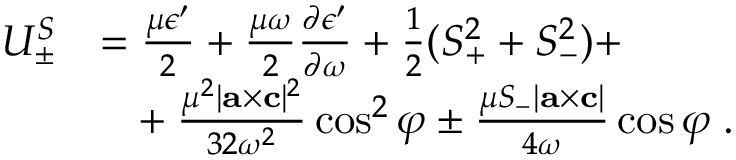
\begin{array} { r l } { U _ { \pm } ^ { S } } & { = \frac { \mu \epsilon ^ { \prime } } { 2 } + \frac { \mu \omega } { 2 } \frac { \partial \epsilon ^ { \prime } } { \partial \omega } + \frac { 1 } { 2 } ( S _ { + } ^ { 2 } + S _ { - } ^ { 2 } ) + } \\ & { \phantom { = } + \frac { \mu ^ { 2 } | { \bf { a } } \times { \bf { c } } | ^ { 2 } } { 3 2 \omega ^ { 2 } } \cos ^ { 2 } \varphi \pm \frac { \mu S _ { - } | { \bf { a } } \times { \bf { c } } | } { 4 \omega } \cos \varphi \; . } \end{array}